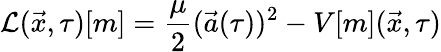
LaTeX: \mathcal{L}(\vec{x},\tau)[m]=\frac{\mu}{2}(\vec{a}(\tau))^{2}-V[m](\vec{x},\tau)